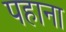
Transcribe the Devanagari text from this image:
पहाना